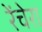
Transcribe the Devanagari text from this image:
रेंचेरा